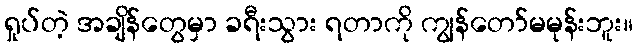
ရှုပ်တဲ့ အချိန်တွေမှာ ခရီးသွား ရတာကို ကျွန်တော်မမုန်းဘူး။